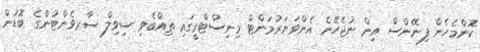
ކޮންމެހެން ފިނޭންސް އިން ނުޖެހޭނެ އެންވަޔަރުމަންޓް މިނިސްޓްރީގައި ތިއްބެވި ސިވިލް ސާރވެންޓުންގެ ބޮޑުން